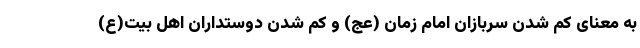
به معنای کم شدن سربازان امام زمان (عج) و کم شدن دوستداران اهل بیت(ع)